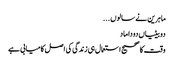
ماہرین نے سالوں ...
دوبیٹیاں دوداماد
وقت کا صحیح استعمال ہی زندگی کی اصل کامیابی ہے